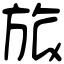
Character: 旅